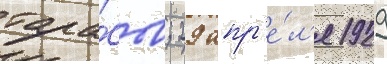
тара́сов; 29 апр'е́л'я 1929